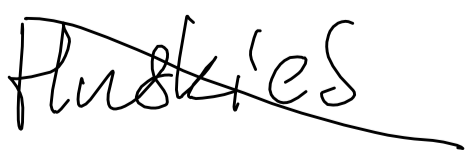
Text: Huskies
Cross-out: diagonal
Writing tool: digital_black